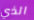
الذي